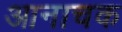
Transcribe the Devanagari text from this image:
आनाचक